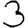
Digit: 3